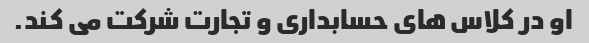
او در کلاس های حسابداری و تجارت شرکت می کند.